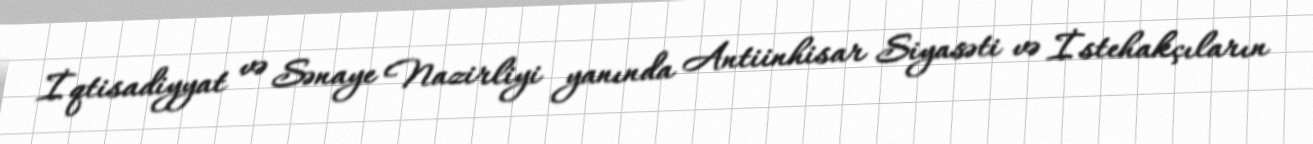
İqtisadiyyat və Sənaye Nazirliyi yanında Antiinhisar Siyasəti və İstehakçıların